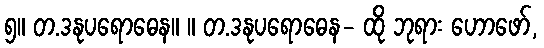
၅။ တ.ဒနုပရောဓေန။ ။ တ.ဒနုပရောဓေန- ထို ဘုရား ဟောဖော်,